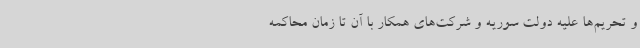
و تحریم‌ها علیه دولت سوریه و شرکت‌های همکار با آن تا زمان محاکمه